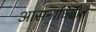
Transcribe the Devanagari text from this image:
आसनाधिष्ठीत